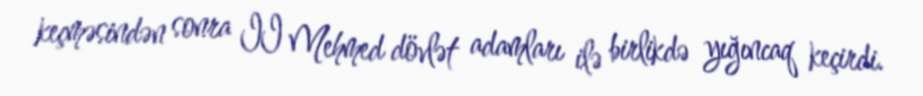
keçməsindən sonra II Mehmed dövlət adamları ilə birlikdə yığıncaq keçirdi.